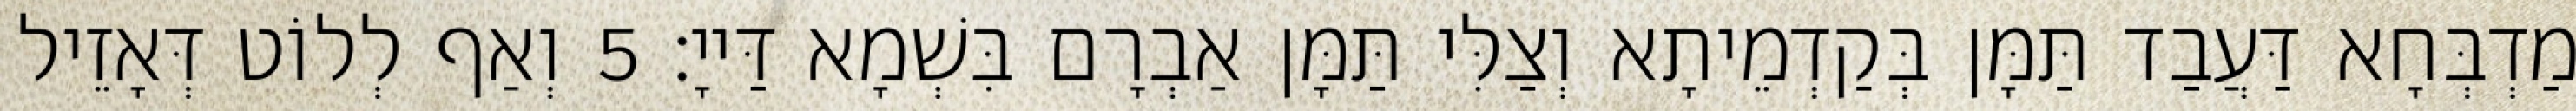
מַדְבְּחָא דַּעֲבַד תַּמָּן בְּקַדְמֵיתָא וְצַלִּי תַּמָּן אַבְרָם בִּשְׁמָא דַּייָ׃ 5 וְאַף לְלוֹט דְּאָזֵיל